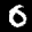
Label: 0